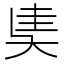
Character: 奊